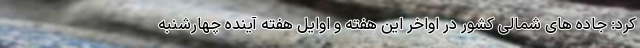
کرد: جاده های شمالی کشور در اواخر این هفته و اوایل هفته آینده چهارشنبه